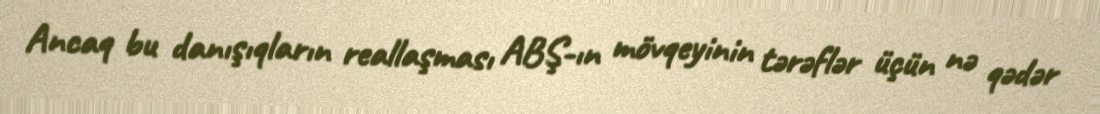
Ancaq bu danışıqların reallaşması ABŞ-ın mövqeyinin tərəflər üçün nə qədər